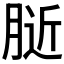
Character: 𰮰